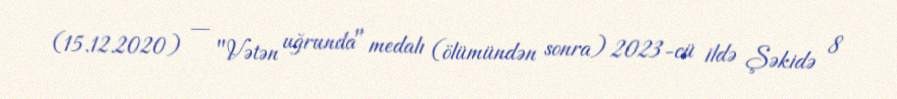
(15.12.2020) — "Vətən uğrunda" medalı (ölümündən sonra) 2023-cü ildə Şəkidə 8